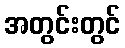
အတွင်းတွင်